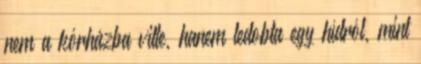
nem a kórházba vitte, hanem ledobta egy hídról, mint